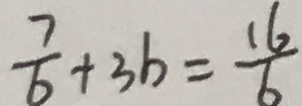
\frac { 7 } { 6 } + 3 b = \frac { 1 6 } { 6 }